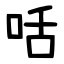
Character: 咶